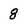
Character: 8